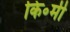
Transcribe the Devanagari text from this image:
कि॰मी